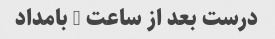
درست بعد از ساعت 2 بامداد